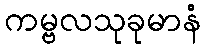
ကမ္ဗလသုခုမာနံ